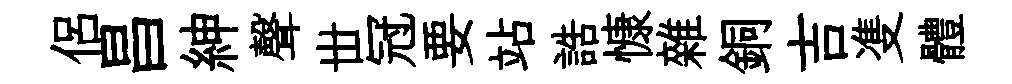
侶昌紳聲丗冠要站誥慷雜銅吉㕠體